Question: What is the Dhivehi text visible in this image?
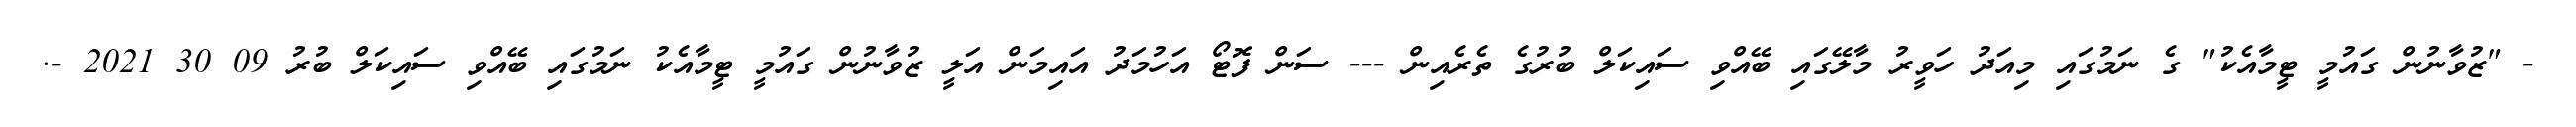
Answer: - "ޒުވާނުން ގައުމީ ޓީމާއެކު" ގެ ނަމުގައި މިއަދު ހަވީރު މާލޭގައި ބޭއްވި ސައިކަލް ބުރުގެ ތެރެއިން --- ސަން ފޮޓޯ އަހުމަދު އައިމަން އަލީ ޒުވާނުން ގައުމީ ޓީމާއެކު ނަމުގައި ބޭއްވި ސައިކަލް ބުރު 09 30 2021 -.